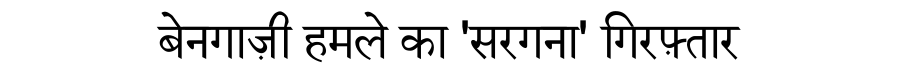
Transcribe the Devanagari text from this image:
बेनगाज़ी हमले का 'सरगना' गिरफ़्तार